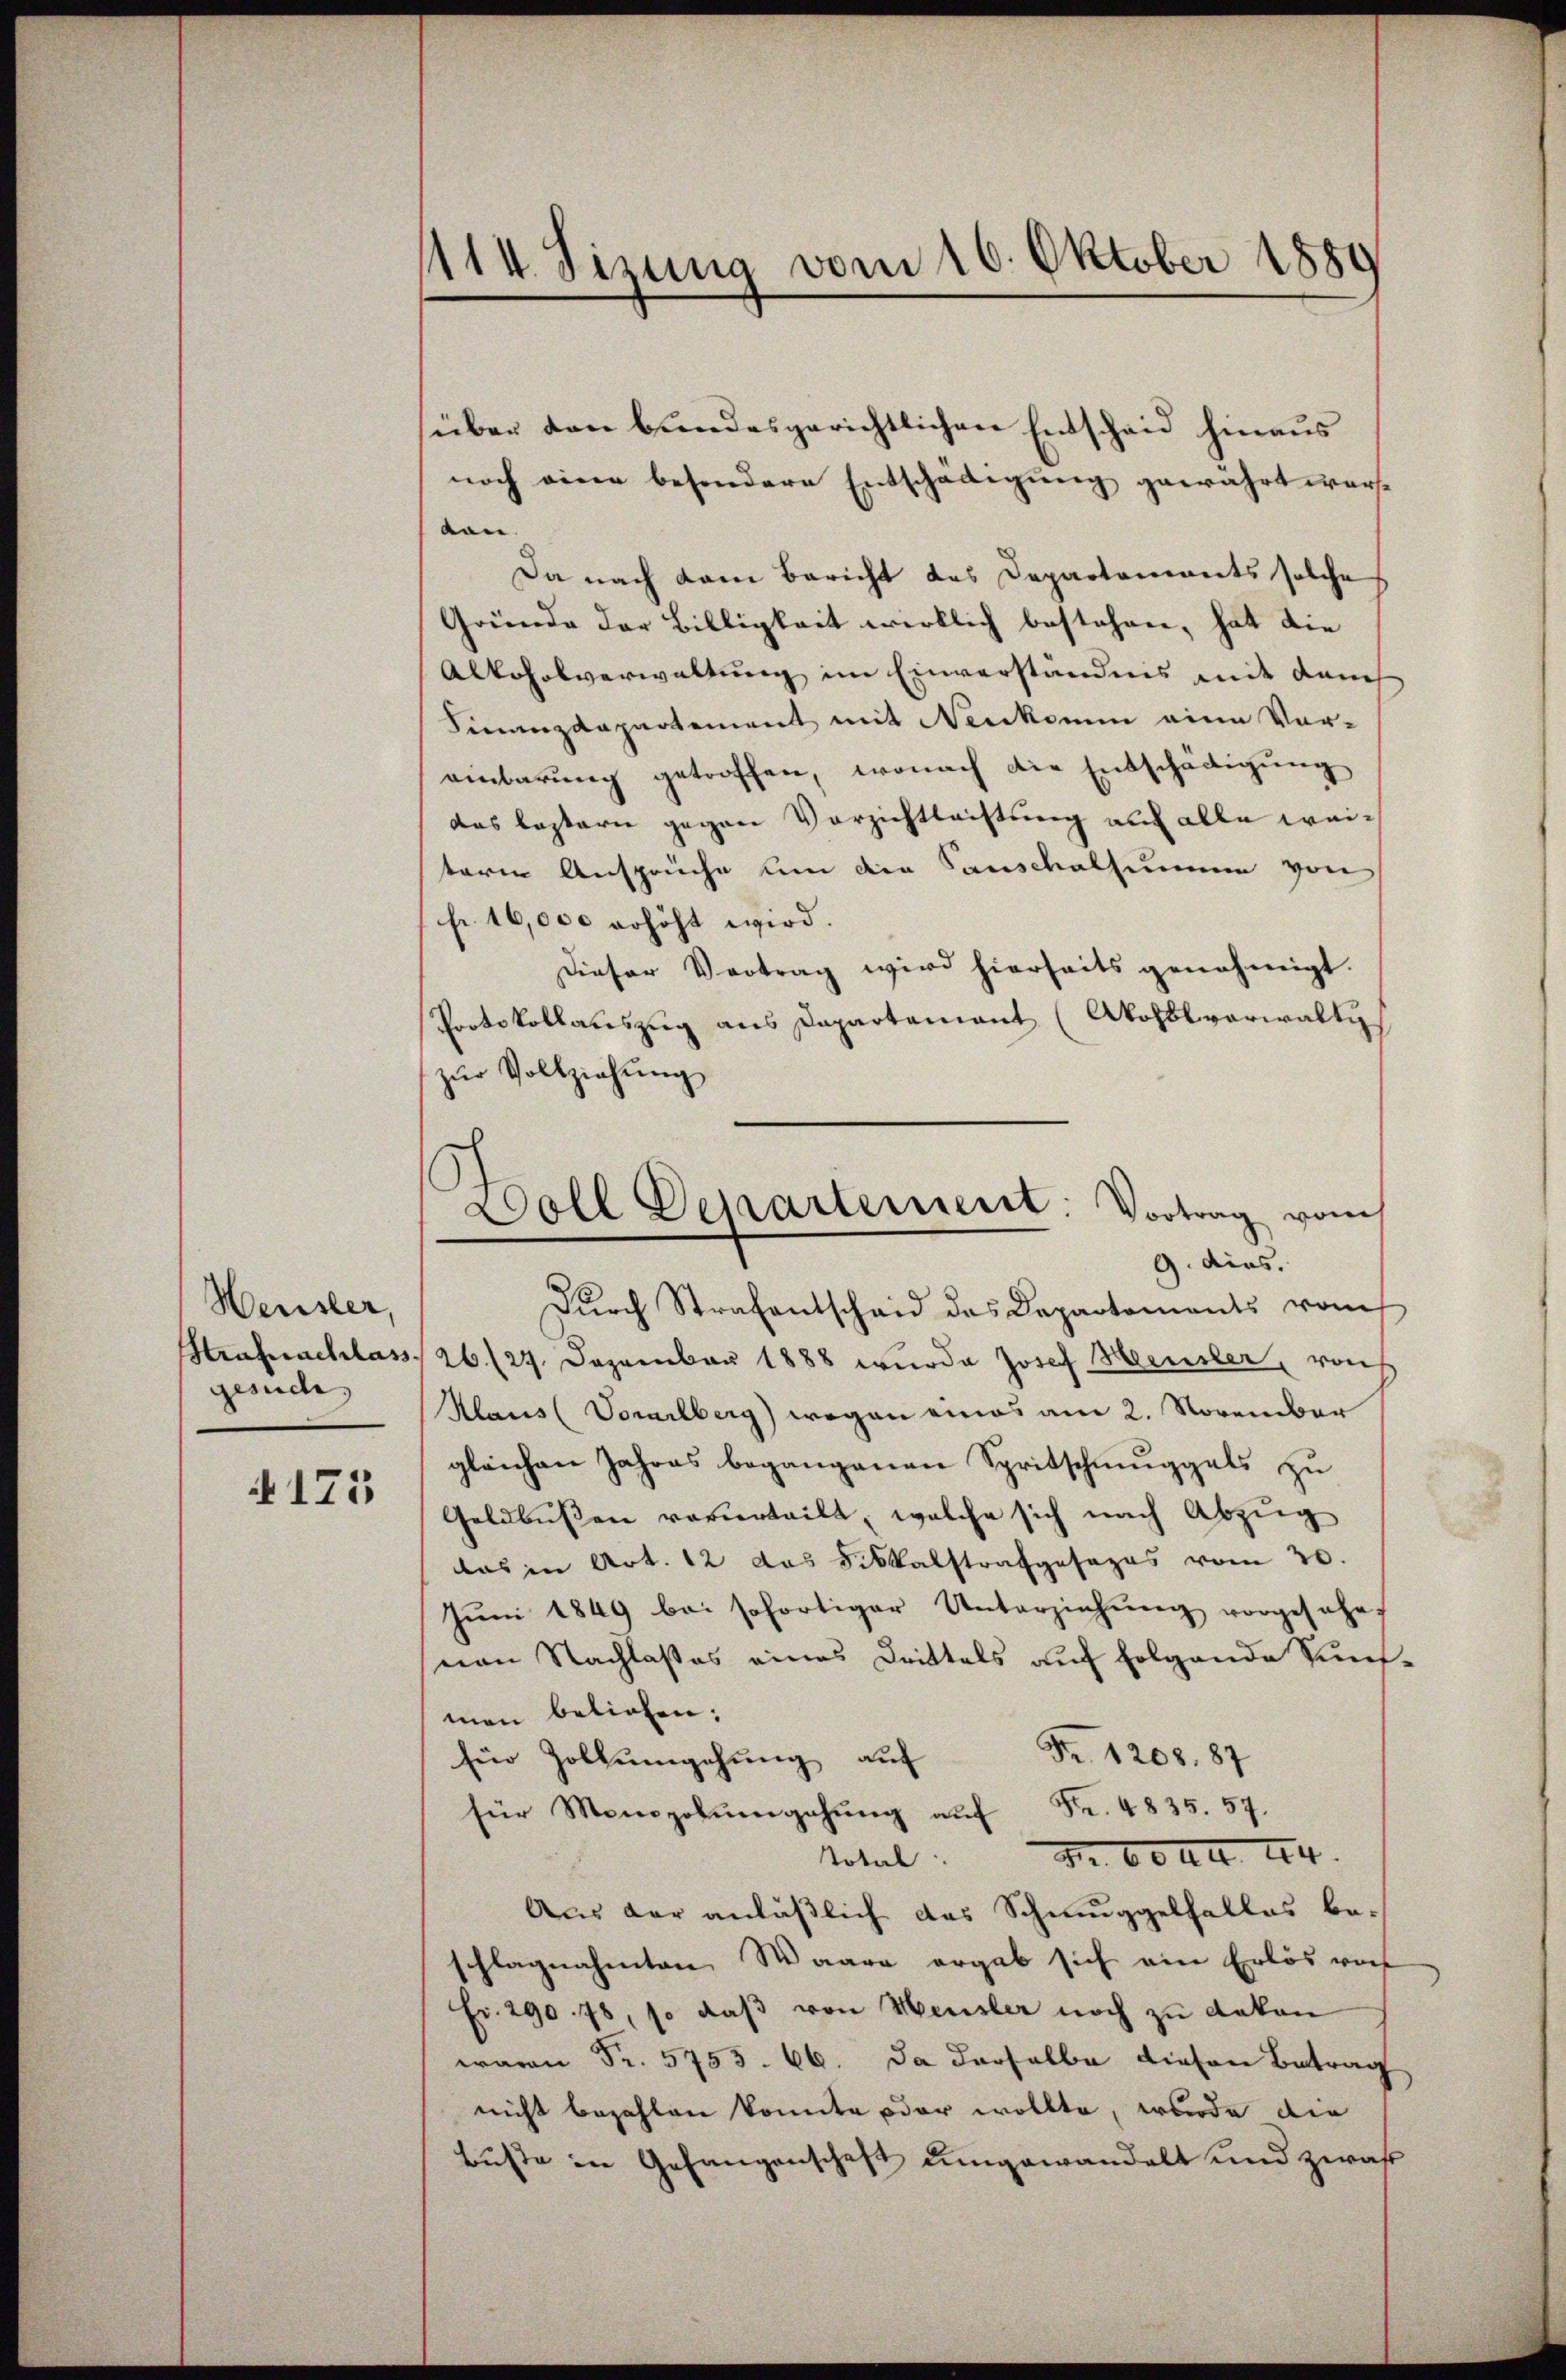
Heusler,
gesuche, |

125

1114. Sizung vom 16. Oktober 1889

süber den bundesgerichtlichen Entscheid hinaus
noch eine besondere Entschädigung gewährt werton.
Da nach dem Bericht das Departements solche
Gründe der Billigkeit wirklich bestehen, hat die
Alkoholverwaltung im Einverständnis mit danch
Finanzdepartement mit Neukomm eine Vor-
einbarung getroffen, wonach die Entschädigung
das lastern gegen Verzichtleistung auf alle weiteren Ansprüche um der Sanschalsumme von
fr. 16,000 erhöht wird.
Dieser Vertrag wird hierseits genehmigt.
Protokollauszug aus Dapartamant (Akohblverwalti
zŭr Vollziehung
Dŭrch Strafantscheid das Departements vom
Strafschlass. 26./27. Dezember 1888 wŭrde Josef Heusler, von
Klaus (Vorarlberg) wegen eines am 2. November
gleichen Jahres begangenen Spritschmuggels zu
Geldbussen verurteilt, welche sich nach Abzug
das in Art. 12 das Fiskalstrafgesages vom 20.
Jŭni 1849 bei sofortiger Unterziehŭng vorgesehe
von Nachlasses eines Drittels auf folgende Kunsmen beliehen;
Fr. 1208, 87
für Zollumgehung auf
für Monopolŭmgehŭng aŭf Fr. 4835. 57.
Total. S. 60 Al. 24.
Aus der anläßlich das Schmuggelhalles be-
schlagnahmten Waare ergab sich ein Erlös vorh
Fr. 290. 78, so daß von Heusler noch zu dekon
waren Fr. 5755. 66. Da derselbe diesen Betrag
nicht bezahlen konnte oder wollte, wurde die
buste in Gefangenschaft ungewandelt und zwaß

Doll Departement: Vortrag vom
9. dies